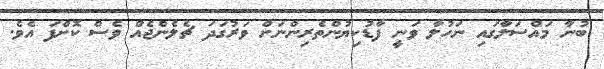
ބުނާ މައްސަލާގައި ނަހުލާ ވަނީ ފާޑުކިޔުންތެރިންނަށް ވަރުގަދަ ޗެލެންޖެއް ވެސް ކޮށްފަ އެވެ.